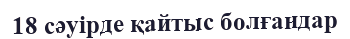
18 сәуірде қайтыс болғандар